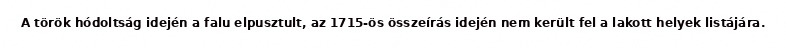
A török hódoltság idején a falu elpusztult, az 1715-ös összeírás idején nem került fel a lakott helyek listájára.